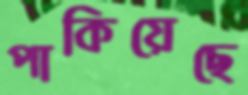
পাকিয়েছে